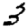
Digit: 3